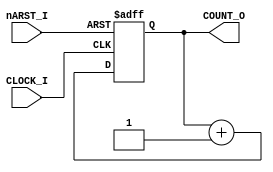
// This program was cloned from: https://github.com/steveicarus/ivtest
// License: GNU General Public License v2.0

//**************************************************************************
module COUNTER(CLOCK_I, nARST_I, COUNT_O);

parameter CBITS = 3;

input	CLOCK_I;
input	nARST_I;

output[CBITS-1:0]	COUNT_O;

reg[CBITS-1:0]	COUNT_O;

always @(posedge CLOCK_I or negedge nARST_I)
  if(nARST_I==1'b0)
    COUNT_O	<= {CBITS{1'b0}};
  else
    COUNT_O	<= COUNT_O + 1;

endmodule

//--------------------------------------------------------------------------

module MULTIPLE_COUNTERS(CLOCK_I, nARST_I, COUNT_O);

parameter M = 3;
parameter CBITS = 4;

input	CLOCK_I;
input	nARST_I;

output[M*CBITS-1:0]	COUNT_O;

COUNTER #(.CBITS(CBITS)) INST_COUNTER[M-1:0] (CLOCK_I, nARST_I, COUNT_O);

endmodule

//--------------------------------------------------------------------------

module TEST_COUNTER;

parameter M = 2;
parameter CBITS = 2;

reg	CLOCK;
reg	nARST;
reg	CTRL_I;

wire[M*CBITS-1:0]	COUNTS;

MULTIPLE_COUNTERS #(.M(M),
		    .CBITS(CBITS)) INST_MCTR(CLOCK, nARST, COUNTS);

initial CLOCK=1;
always #5 CLOCK=~CLOCK;

initial
  begin
  nARST=1;
  #5 nARST=0;
  #5 nARST=1;
  #200 $display("PASSED");
  $finish;
  end


endmodule